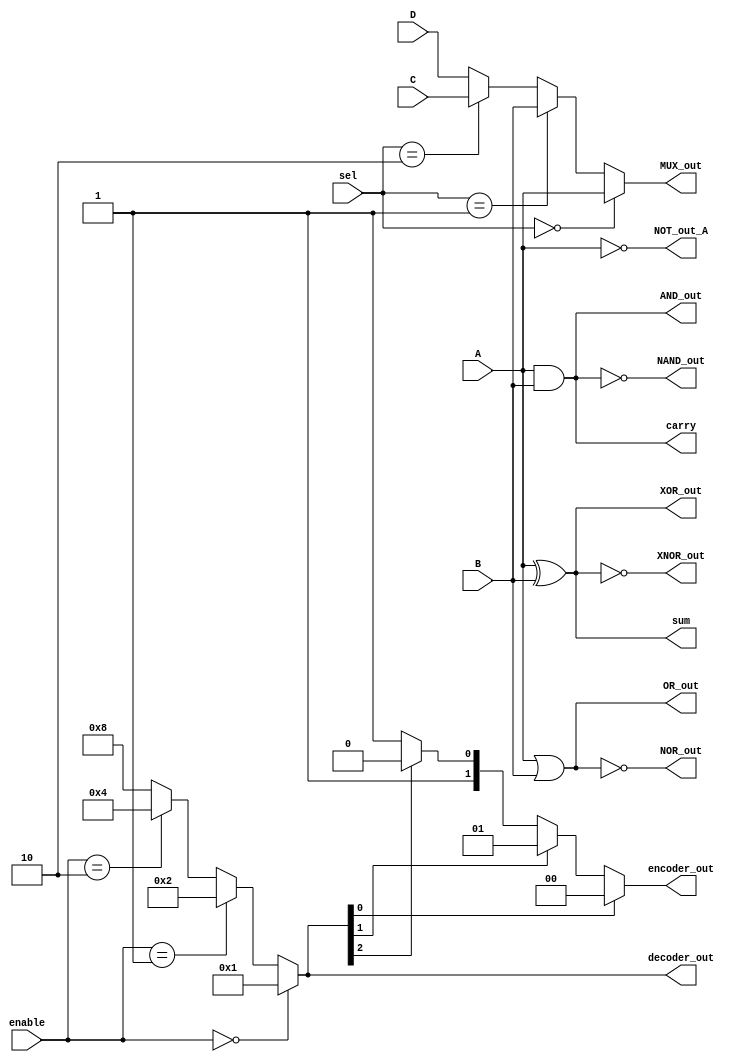
module combinational_logic_blocks (
    // Inputs
    input wire A, B, C, D, // Example inputs
    input wire [1:0] sel,  // Select line for MUX
    input wire [1:0] enable, // Enable signals for decoder
    // Outputs
    output wire AND_out,
    output wire OR_out,
    output wire NOT_out_A,
    output wire NAND_out,
    output wire NOR_out,
    output wire XOR_out,
    output wire XNOR_out,
    output wire MUX_out,
    output wire [3:0] decoder_out,
    output wire [1:0] encoder_out,
    output wire sum,        // Half adder sum output
    output wire carry       // Half adder carry output
);

// Logic Functions
assign AND_out = A & B;
assign OR_out = A | B;
assign NOT_out_A = ~A;
assign NAND_out = ~(A & B);
assign NOR_out = ~(A | B);
assign XOR_out = A ^ B;
assign XNOR_out = ~(A ^ B);

// Multiplexer (2-to-1)
assign MUX_out = (sel == 2'b00) ? A :
                 (sel == 2'b01) ? B :
                 (sel == 2'b10) ? C : D;

// Decoder (2-to-4)
assign decoder_out = (enable == 2'b00) ? 4'b0001 :
                     (enable == 2'b01) ? 4'b0010 :
                     (enable == 2'b10) ? 4'b0100 : 4'b1000;

// Encoder (4-to-2)
assign encoder_out = (decoder_out[0]) ? 2'b00 :
                     (decoder_out[1]) ? 2'b01 :
                     (decoder_out[2]) ? 2'b10 : 2'b11;

// Half Adder
assign sum = A ^ B;
assign carry = A & B;

endmodule